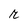
Character: r